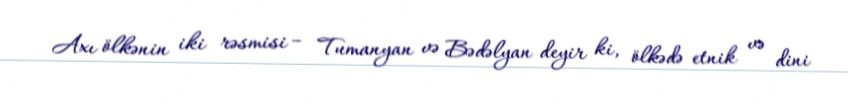
Axı ölkənin iki rəsmisi – Tumanyan və Bədəlyan deyir ki, ölkədə etnik və dini